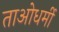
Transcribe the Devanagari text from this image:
ताओधर्मी